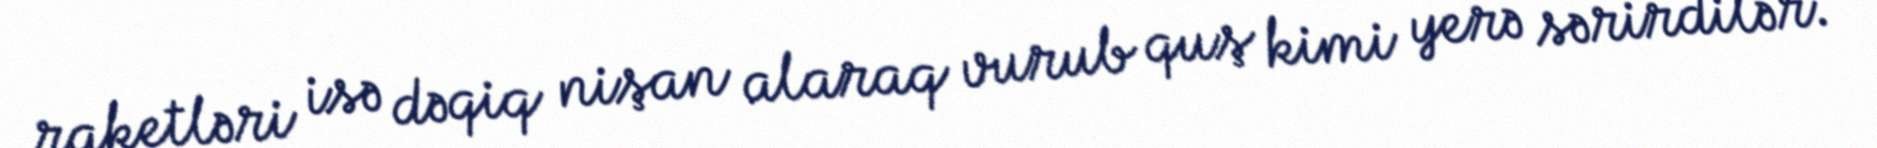
raketləri isə dəqiq nişan alaraq vurub quş kimi yerə sərirdilər.